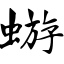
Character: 蝣